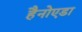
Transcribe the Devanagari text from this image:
हैनोएडा